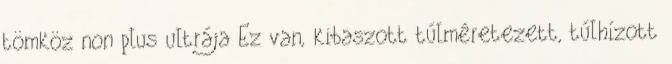
tömköz non plus ultrája Ez van, kibaszott túlméretezett, túlhízott